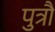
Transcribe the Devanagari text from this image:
पुत्रौ